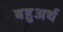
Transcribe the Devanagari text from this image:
बहुअर्थ